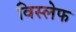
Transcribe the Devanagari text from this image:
विस्लेफ